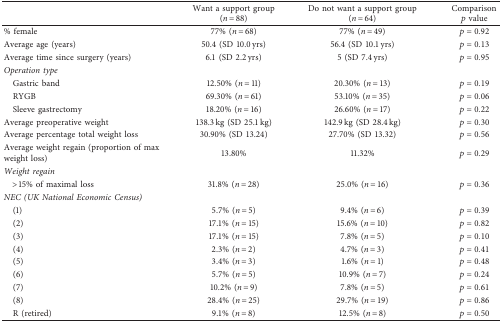
<table><thead><tr><td><b> </b></td><td><b>Want a support group (<i>n</i> = 88)</b></td><td><b>Do not want a support group (<i>n</i> = 64)</b></td><td><b>Comparison <i>p</i> value</b></td></tr></thead><tbody><tr><td>% female</td><td>77% (<i>n</i> = 68)</td><td>77% (<i>n</i> = 49)</td><td><i>p</i>=0.92</td></tr><tr><td>Average age (years)</td><td>50.4 (SD 10.0 yrs)</td><td>56.4 (SD 10.1 yrs)</td><td><i>p</i>=0.13</td></tr><tr><td>Average time since surgery (years)</td><td>6.1 (SD 2.2 yrs)</td><td>5 (SD 7.4 yrs)</td><td><i>p</i>=0.95</td></tr><tr><td colspan="4"><i>Operation type</i></td></tr><tr><td> Gastric band</td><td>12.50% (<i>n</i> = 11)</td><td>20.30% (<i>n</i> = 13)</td><td><i>p</i>=0.19</td></tr><tr><td> RYGB</td><td>69.30% (<i>n</i> = 61)</td><td>53.10% (<i>n</i> = 35)</td><td><i>p</i>=0.06</td></tr><tr><td> Sleeve gastrectomy</td><td>18.20% (<i>n</i> = 16)</td><td>26.60% (<i>n</i> = 17)</td><td><i>p</i>=0.22</td></tr><tr><td>Average preoperative weight</td><td>138.3 kg (SD 25.1 kg)</td><td>142.9 kg (SD 28.4 kg)</td><td><i>p</i>=0.30</td></tr><tr><td>Average percentage total weight loss</td><td>30.90% (SD 13.24)</td><td>27.70% (SD 13.32)</td><td><i>p</i>=0.56</td></tr><tr><td>Average weight regain (proportion of max weight loss)</td><td>13.80%</td><td>11.32%</td><td><i>p</i>=0.29</td></tr><tr><td colspan="4"><i>Weight regain</i></td></tr><tr><td> &gt;15% of maximal loss</td><td>31.8% (<i>n</i> = 28)</td><td>25.0% (<i>n</i> = 16)</td><td><i>p</i>=0.36</td></tr><tr><td colspan="4"><i>NEC (UK National Economic Census)</i></td></tr><tr><td> (1)</td><td>5.7% (<i>n</i> = 5)</td><td>9.4% (<i>n</i> = 6)</td><td><i>p</i>=0.39</td></tr><tr><td> (2)</td><td>17.1% (<i>n</i> = 15)</td><td>15.6% (<i>n</i> = 10)</td><td><i>p</i>=0.82</td></tr><tr><td> (3)</td><td>17.1% (<i>n</i> = 15)</td><td>7.8% (<i>n</i> = 5)</td><td><i>p</i>=0.10</td></tr><tr><td> (4)</td><td>2.3% (<i>n</i> = 2)</td><td>4.7% (<i>n</i> = 3)</td><td><i>p</i>=0.41</td></tr><tr><td> (5)</td><td>3.4% (<i>n</i> = 3)</td><td>1.6% (<i>n</i> = 1)</td><td><i>p</i>=0.48</td></tr><tr><td> (6)</td><td>5.7% (<i>n</i> = 5)</td><td>10.9% (<i>n</i> = 7)</td><td><i>p</i>=0.24</td></tr><tr><td> (7)</td><td>10.2% (<i>n</i> = 9)</td><td>7.8% (<i>n</i> = 5)</td><td><i>p</i>=0.61</td></tr><tr><td> (8)</td><td>28.4% (<i>n</i> = 25)</td><td>29.7% (<i>n</i> = 19)</td><td><i>p</i>=0.86</td></tr><tr><td> R (retired)</td><td>9.1% (<i>n</i> = 8)</td><td>12.5% (<i>n</i> = 8)</td><td><i>p</i>=0.50</td></tr></tbody></table>